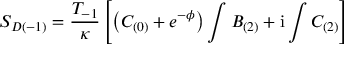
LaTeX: { \cal S } _ { D ( - 1 ) } = \frac { T _ { - 1 } } { \kappa } \left[ \left( C _ { ( 0 ) } + e ^ { - \phi } \right) \int B _ { ( 2 ) } + \mathrm { i } \int C _ { ( 2 ) } \right]